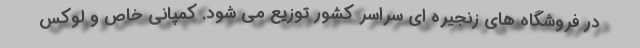
در فروشگاه های زنجیره ای سراسر کشور توزیع می شود. کمپانی خاص و لوکس